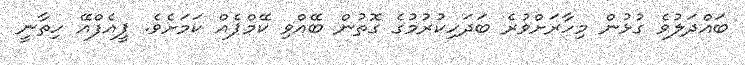
ބައްދަލުވެ ގުޅުން މިހާރަށްވުރެ ބަދަހިކުރުމުގެ ގޮތުން ބޭއްވި ކޭމްޕެއް ކަމަށެވެ. ޕީއެފްއޭ ހިތާނީ